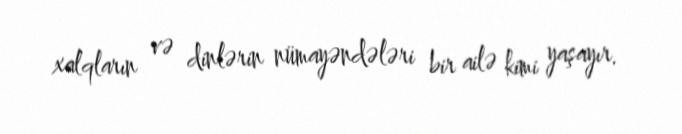
xalqların və dinlərin nümayəndələri bir ailə kimi yaşayır.